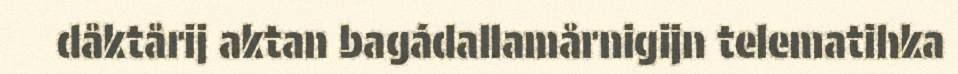
dåktårij aktan bagádallamårnigijn telematihka